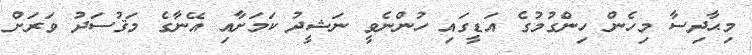
މިޙާދިސާ މިހެން ހިންގުމުގެ އަޑީގައި ހުންނެވީ ނަޝީދު ކަމަށާއި އޭނާގެ މަޤުސަދު ވަރަށް